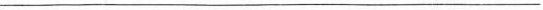
___